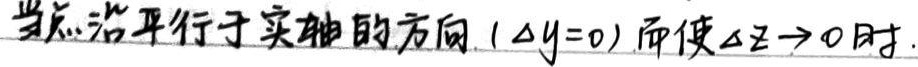
当点沿平行于实轴的方向（$\Delta y = 0$）而使$\Delta z\rightarrow0$时.